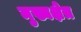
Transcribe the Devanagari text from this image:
मुख्यक्षेत्र